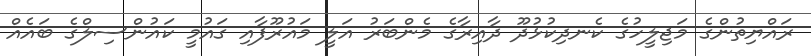
ރައްޔިތުންގެ މަޖިލީހުގެ ކެނދިކުޅުދޫ ދާއިރާގެ މެންބަރު އަލީ މައުރޫފާއި ގައުމީ ކައުންސިލްގެ ބައެއް